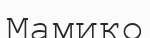
Мамико